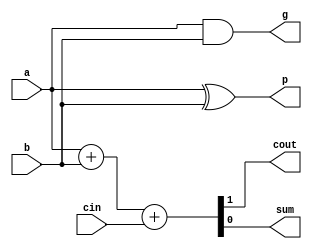
module adder1 (
    input  a,
    input  b,
    input cin,
    output cout,
    output  sum,
    output g,
    output p
);

    assign {cout,sum}=a+b+cin;
    assign g=a&b;
    assign p=a^b;
    
endmodule